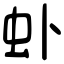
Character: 虲